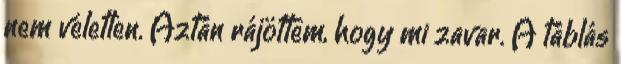
nem véletlen. Aztán rájöttem, hogy mi zavar. A táblás